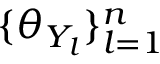
\{ \theta _ { Y _ { l } } \} _ { l = 1 } ^ { n }